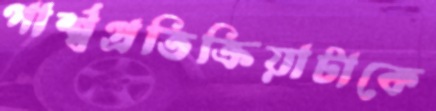
পার্শ্বপ্রতিক্রিয়াটাকে